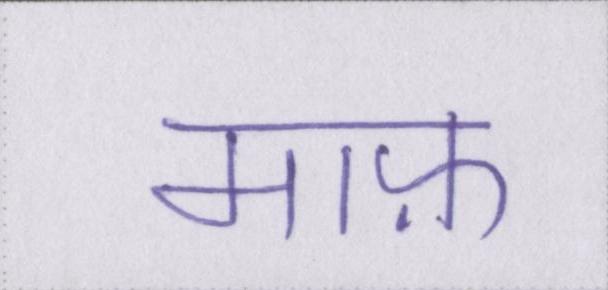
माफ़